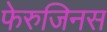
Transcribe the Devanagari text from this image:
फेरुजिनस